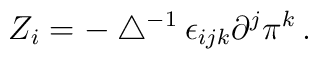
Z_i=-\bigtriangleup^{-1}\epsilon_{ijk}\partial^j \pi^k\,.